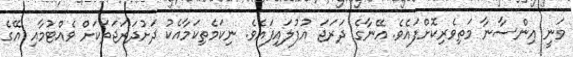
ވަނީ އިންސާނާ މަތިވެރިކޮށްފައެވެ. އޭނާގެ ދަރަޖަ އުފުލައިފައެވެ. ނިކަމެތިކަމާއެކު ދަށުދަރަޖަތަކަށް ވެއްޓުމާއި އޭގެ